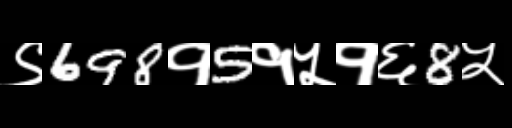
Text: ९698१5१५१६8५